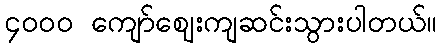
၄၀၀၀ ကျော်ဈေးကျဆင်းသွားပါတယ်။